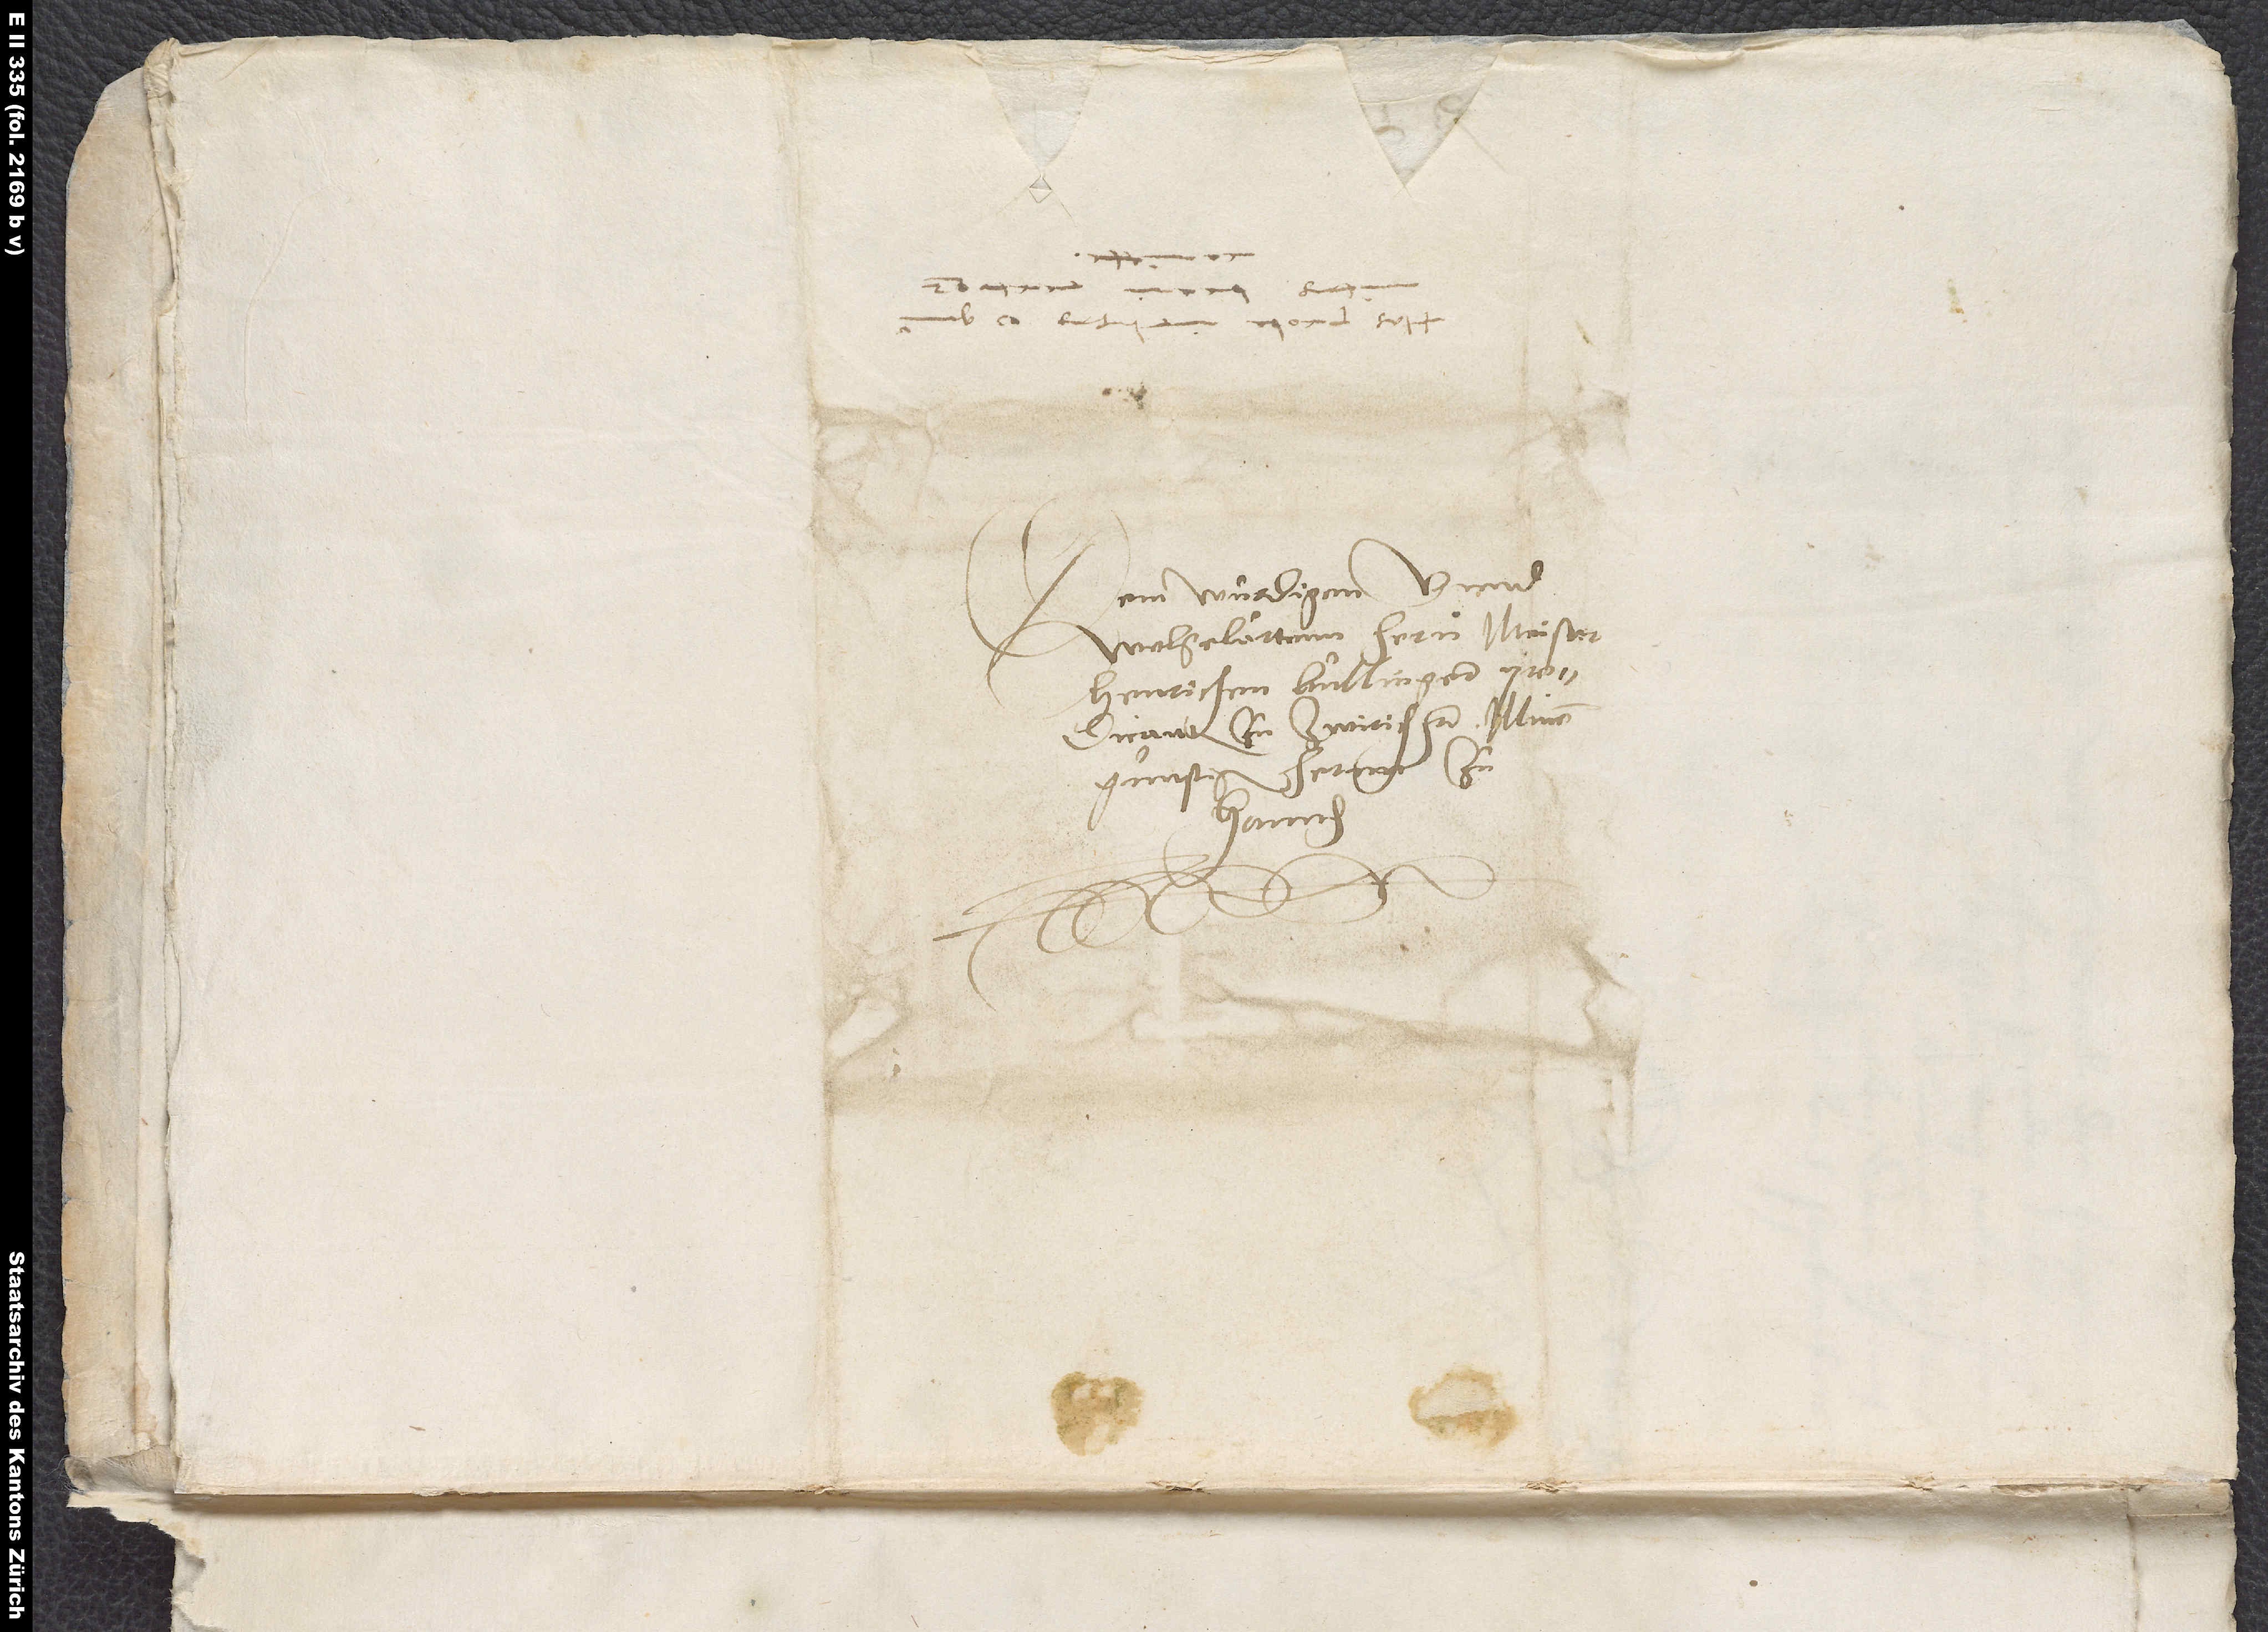
Dem würdigen unnd
wolgelertenn her meister
Henrichen Bullinger, predicanten
gunstigen hernn zu